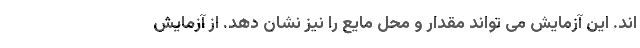
اند. این آزمایش می تواند مقدار و محل مایع را نیز نشان دهد. از آزمایش